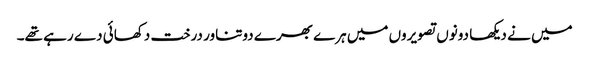
میں نے دیکھا دونوں تصویروں میں ہرے بھرے دوتناور درخت دکھائی دے رہے تھے۔